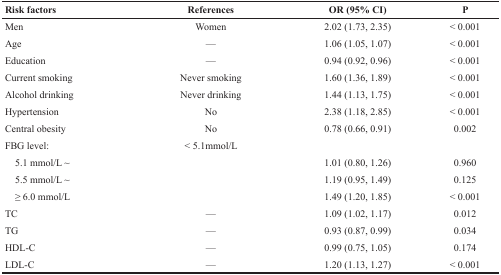
| Risk factors | References | OR (95% CI) | P |
 | --- | --- | --- | --- |
 | Men | Women | 2.02 (1.73, 2.35) | < 0.001 |
 | Age | — | 1.06 (1.05, 1.07) | < 0.001 |
 | Education | — | 0.94 (0.92, 0.96) | < 0.001 |
 | Current smoking | Never smoking | 1.60 (1.36, 1.89) | < 0.001 |
 | Alcohol drinking | Never drinking | 1.44 (1.13, 1.75) | < 0.001 |
 | Hypertension | No | 2.38 (1.18, 2.85) | < 0.001 |
 | Central obesity | No | 0.78 (0.66, 0.91) | 0.002 |
 | FBG level: | < 5.1mmol/L |  |  |
 | 5.1 mmol/L ∼ |  | 1.01 (0.80, 1.26) | 0.960 |
 | 5.5 mmol/L ∼ |  | 1.19 (0.95, 1.49) | 0.125 |
 | ≥ 6.0 mmol/L |  | 1.49 (1.20, 1.85) | < 0.001 |
 | TC | — | 1.09 (1.02, 1.17) | 0.012 |
 | TG | — | 0.93 (0.87, 0.99) | 0.034 |
 | HDL-C | — | 0.99 (0.75, 1.05) | 0.174 |
 | LDL-C | — | 1.20 (1.13, 1.27) | < 0.001 |